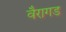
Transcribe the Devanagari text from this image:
वैरागड